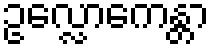
ဥလ္လောကေန္တာ